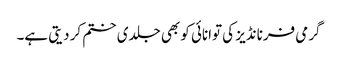
گرمی فرنانڈیز کی توانائی کو بھی جلدی ختم کر دیتی ہے۔